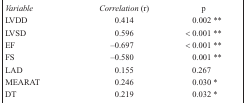
| Variable | Correlation (r) | p |
 | --- | --- | --- |
 | LVDD | 0.414 | 0.002 ** |
 | LVSD | 0.596 | < 0.001 ** |
 | EF | –0.697 | < 0.001 ** |
 | FS | –0.580 | 0.001 ** |
 | LAD | 0.155 | 0.267 |
 | MEARAT | 0.246 | 0.030 * |
 | DT | 0.219 | 0.032 * |